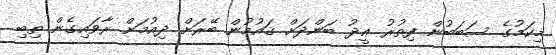
މިކަމުގެ ސަބަބުން ފިތުރު ޢީދު ބަންދަށް ޤައުމުން ބޭރަށް ދިއުމަށް ރާވައިގެން ތިބި